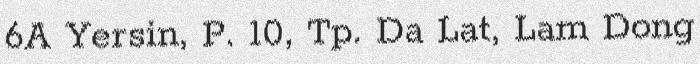
6A Yersin, P. 10, Tp. Da Lat, Lam Dong